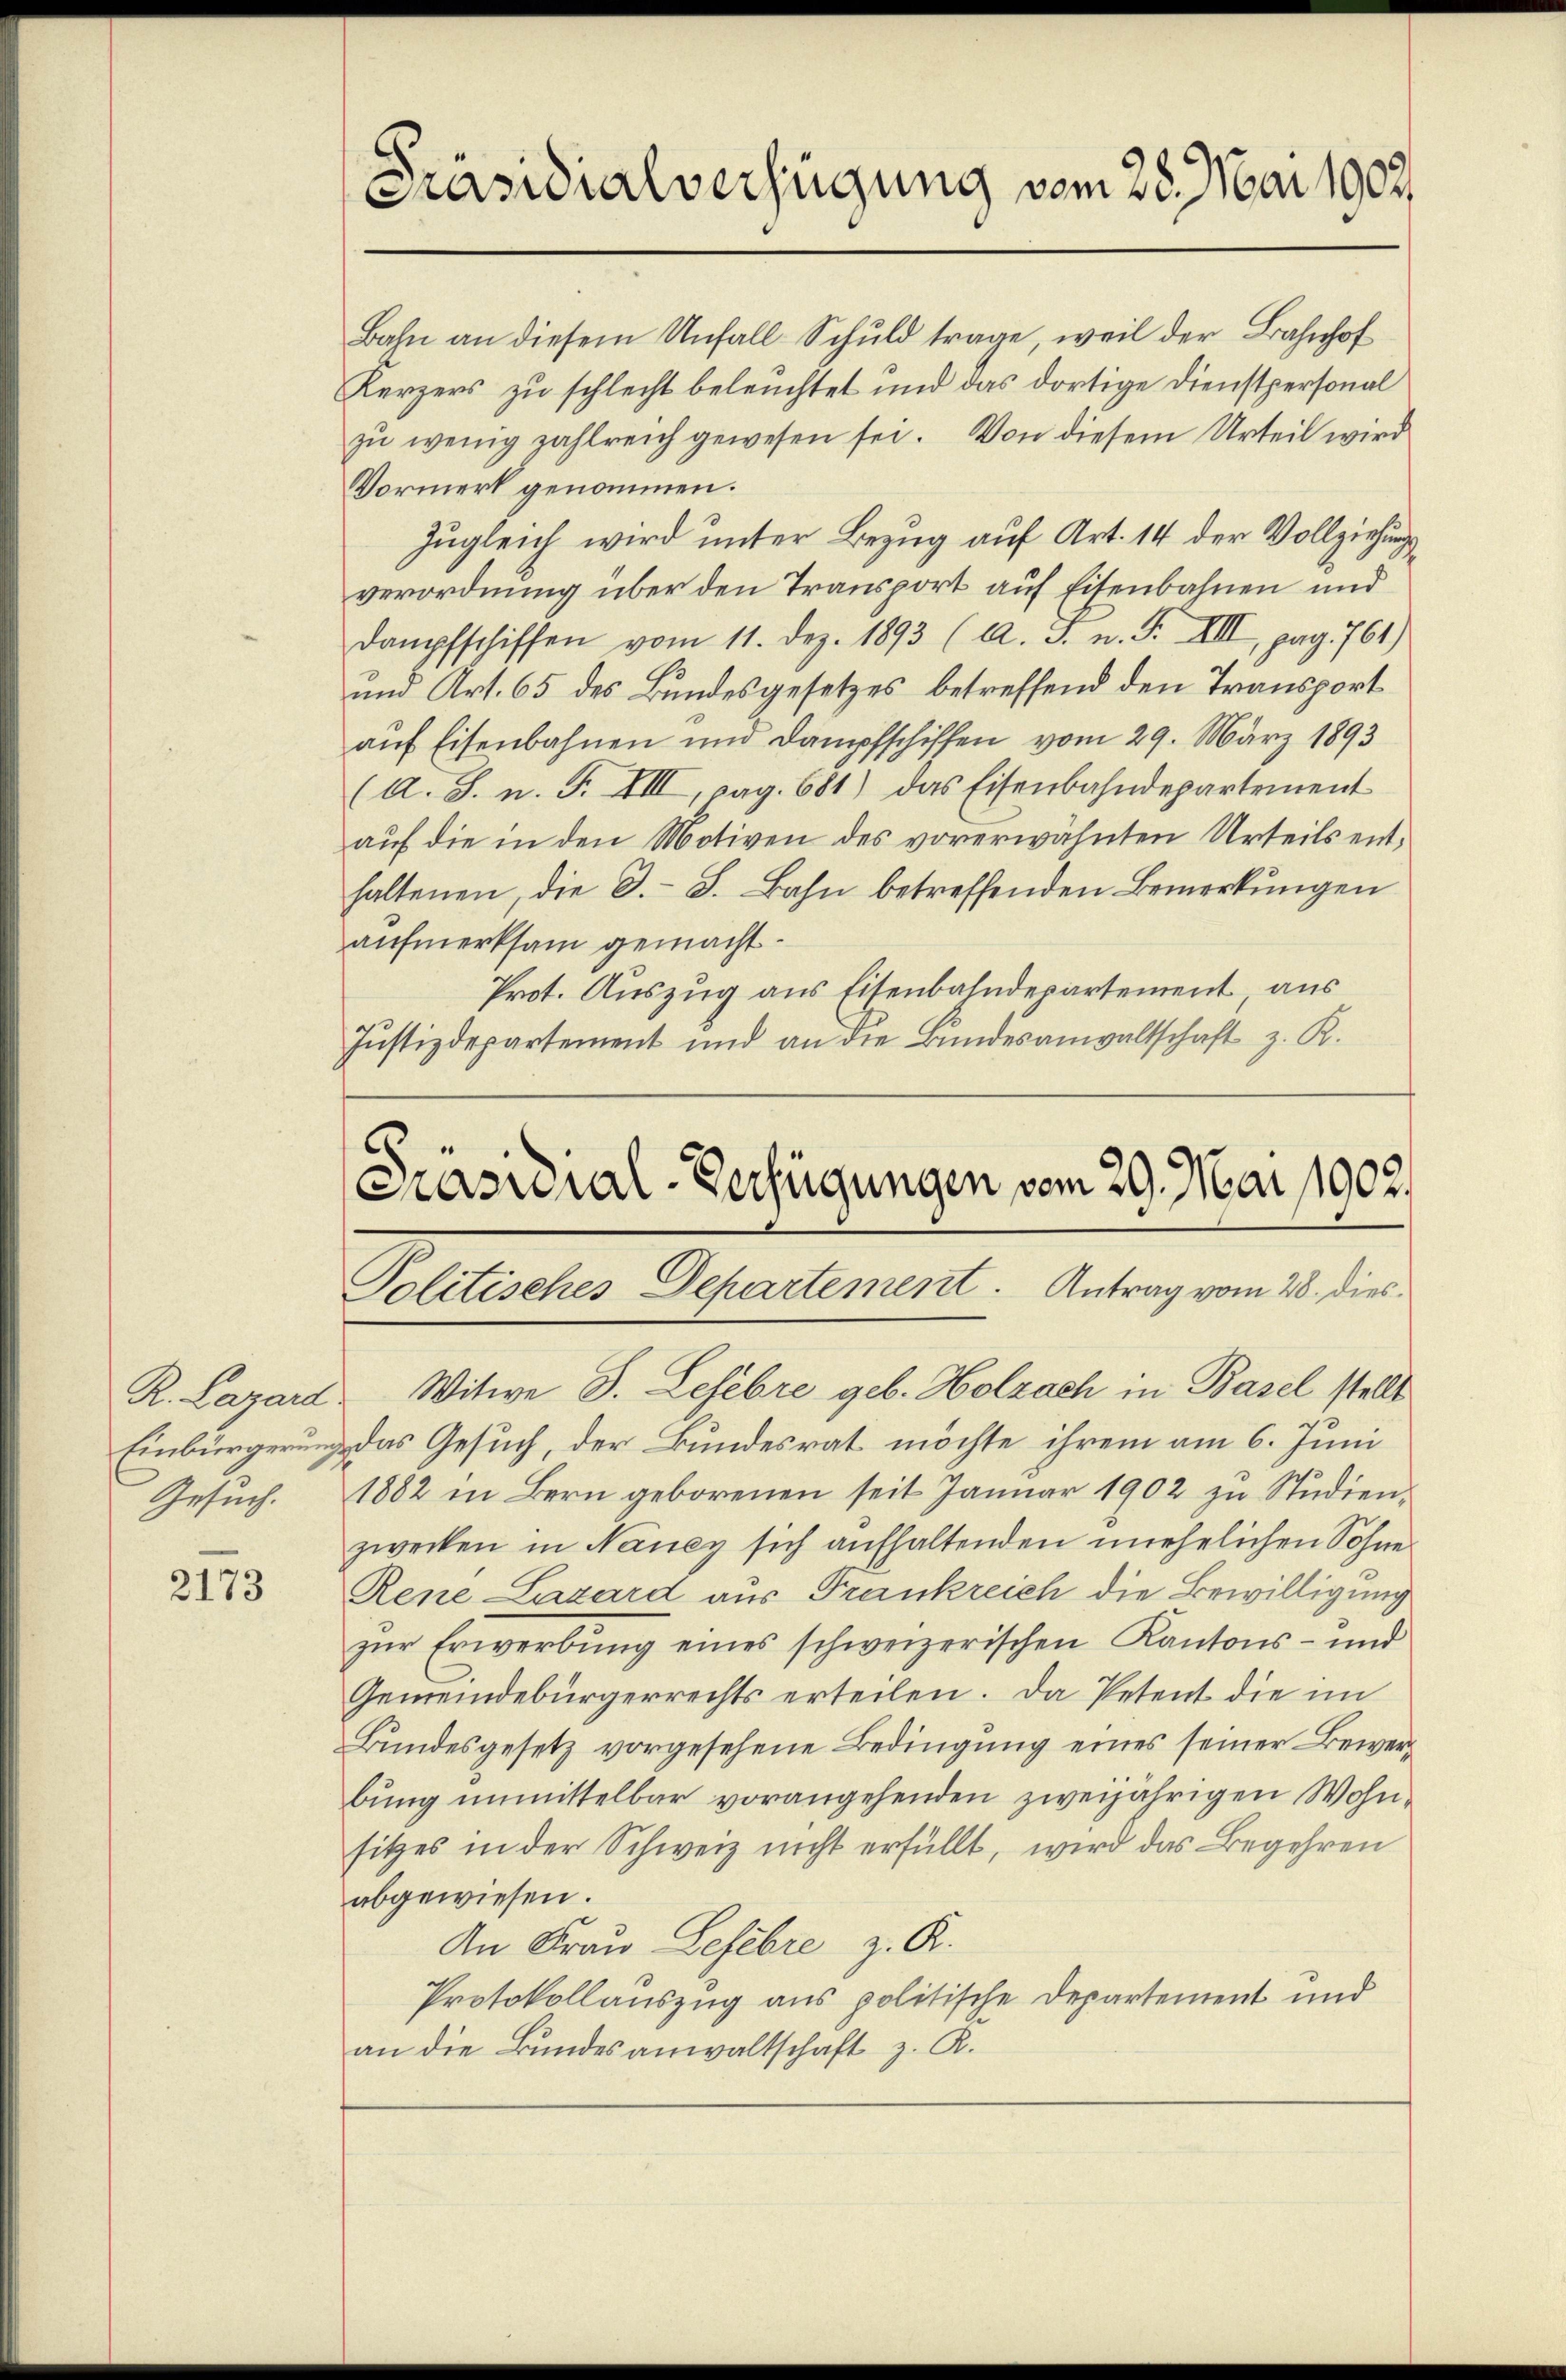
Gesuch.

2173

Bahn an diesem Unfall-Schuld trage, weil der Bahnhof
Kerzers zu schlecht beleuchtet und das dortige Dienstpersonal
zŭ wenig zahlreich gewesen sei. Von diesem Urteil wird
Vormerk genommen.
Zugleich wird unter Bezug auf Art. 14 der Vollziehung
verordnung über den Transport auf Eisenbahnen und
Dampfschiffen vom 11. Dez. 1893 (A. J. n. F. XIII, pag. 761)
und Art. 65 des Bundesgesetzes betreffend den Transport
auf Eisenbahnen und Dampfschiffen vom 29. März 1893
(A. S. n. F. VIII, pag. 681) das Eisenbahndepartement
auf die in den Motiven des vorerwähnten Urteils enthaltenen, die D.-B. Bahn betreffenden Bemerkungen
aufmerksam gemacht.
Prot. Auszug aus Eisenbahndepartement aus
Justizdepartement und an die Bundesanwaltschaft z. R.

Präsidialverfügung vom 28. Mai 1902.

.
Präsidial-Verfügungen vom 29. Mai 1902.
Politisches Departement. Antrag vom 28. dies

R. Lazard Witwe J. Lefebre geb. Holzach in Basel stellt
Einbürgerung das Gesuch, der Bundesrat möchte ihrem am 6. Juni
1882 in Bern geborenen seit Januar 1902 zu Studienzwecken in Nancy sich aufhaltenden unehelichen Sohne
Rene Lazard aus Frankreich die Bewilligung
zŭr Erwerbŭng eines schweizerischen Kantons- und
Gemeindebürgerrechts erteilen. Da Petent die im
Bundesgesetz vorgesehene Bedingung eines seiner Bewerbung unmittelbar vorangehenden zweijährigen Wohnsitzes in der Schweiz nicht erfüllt, wird das Begehren
abgewiesen.
An Frau Lefebre z. R.
Protokollauszug aus politische Departement und
an die Bundesanwaltschaft z. R.